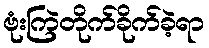
ဗုံးကြဲတိုက်ခိုက်ခဲ့ရာ